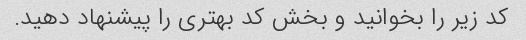
کد زیر را بخوانید و بخش کد بهتری را پیشنهاد دهید.